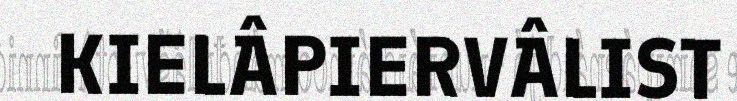
KIELÂPIERVÂLIST